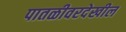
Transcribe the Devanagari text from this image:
पातळीवरदेखील